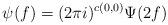
LaTeX: \begin{align*}\psi(f) = (2\pi i)^{ c(0,0)} \Psi(2 f)\end{align*}